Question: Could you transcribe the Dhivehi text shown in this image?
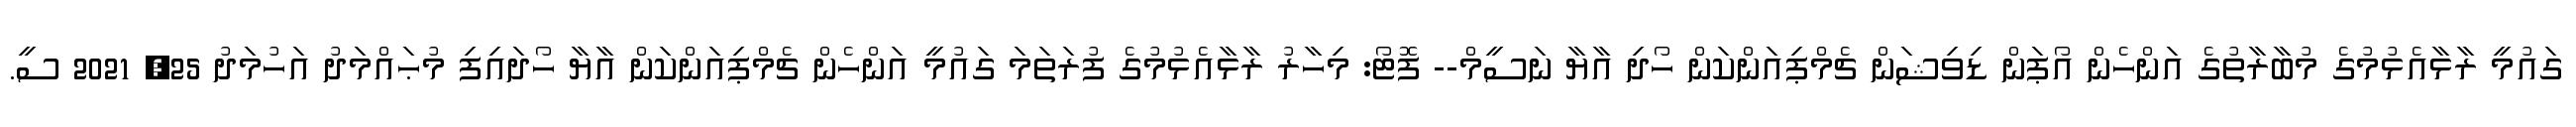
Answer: ގައުމީ ރާޅާއެޅުމުގެ މުބާރާތުގެ އަންހެން އޯޕަން ޑިވިޝަން ޗެމްޕިއަންކަން ހޯދި އާޔާ ނަސީމް-- ފޮޓޯ: މިހާރު ރާޅާއެޅުމުގެ ފުރަތަމަ ގައުމީ އަންހެން ޗެމްޕިއަންކަން އާޔާ ހޯދައިފި މުޙައްމަދު އަހުމަދު 25, 2021 ސީ.